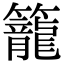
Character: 籠